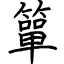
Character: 簞